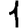
Digit: 1